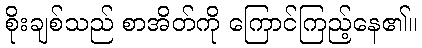
စိုးချစ်သည် စာအိတ်ကို ကြောင်ကြည့်နေ၏။